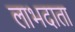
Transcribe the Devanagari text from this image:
लाभदाता